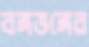
বঙ্গভঙ্গের